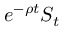
e ^ { - \rho t } S _ { t }